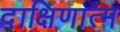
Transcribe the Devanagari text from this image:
दाक्षिणात्म